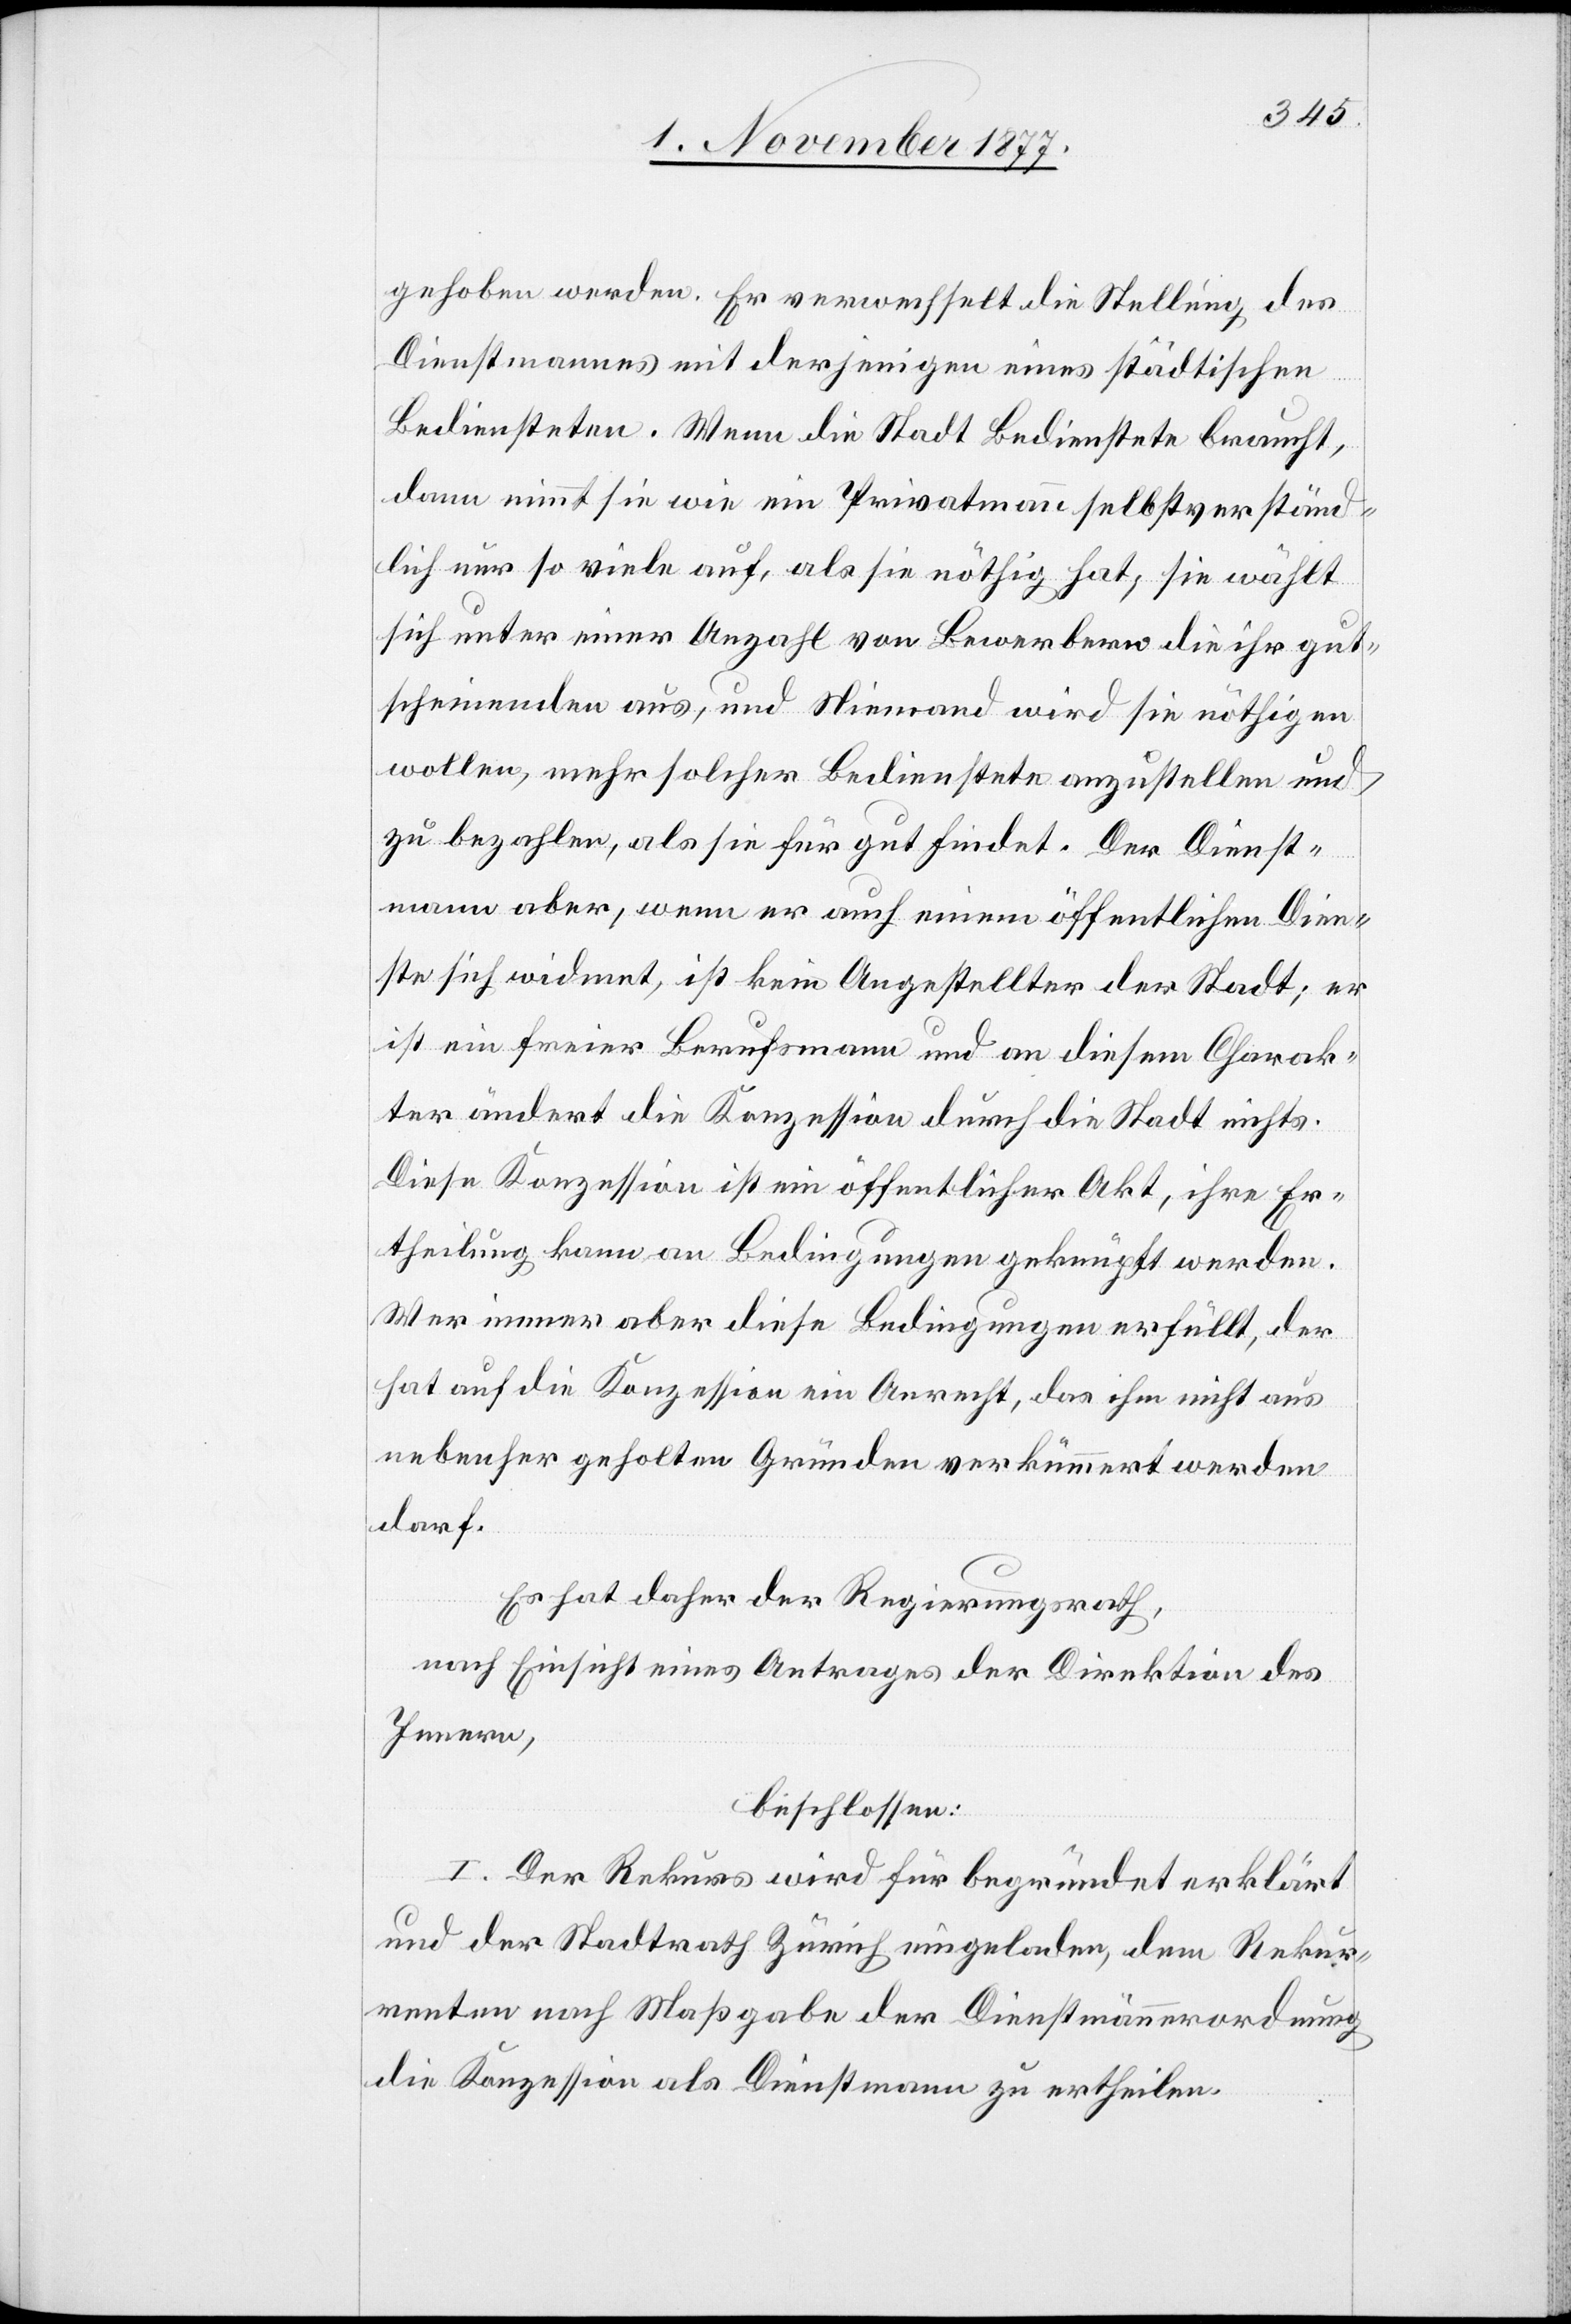
gehoben werden. Er verwechselt die Stellung des
Dienstmannes mit derjenigen eines städtischen
Bediensteten. Wenn die Stadt Bedienstete braucht,
dann nimmt sie wie ein Privatmann selbstverständ¬
lich nur so viele auf, als sie nöthig hat; sie wählt
sich unter einer Anzahl von Bewerbern die ihr gut¬
scheinenden aus, und Niemand wird sie nöthigen
wollen, mehr solcher Bedienstete anzustellen und
zu bezahlen, als sie für gut findet. Der Dienst¬
mann aber, wenn er auch einem öffentlichen Dien¬
ste sich widmet, ist kein Angestellter der Stadt; er
ist ein freier Berufsmann und an diesem Charak¬
ter ändert die Konzession durch die Stadt nichts.
Diese Konzession ist ein öffentlicher Akt, ihre Er¬
theilung kann an Bedingungen geknüpft werden.
Wer immer aber diese Bedingungen erfüllt, der
hat auf die Konzession ein Anrecht, das ihm nicht aus
nebenher geholten Gründen verkümmert werden
darf.
Es hat daher der Regierungsrath,
nach Einsicht eines Antrages der Direktion des
Innern,
beschlossen:
I. Der Rekurs wird für begründet erklärt
und der Stadtrath Zürich eingeladen, dem Rekur¬
renten nach Maßgabe der Dienstmännerordnung
die Konzession als Dienstmann zu ertheilen.